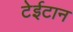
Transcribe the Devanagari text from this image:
टेईटान